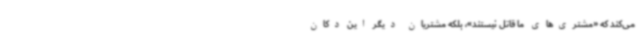
می‌کند که «مشتری‌های ما قاتل نیستند»، بلکه مشتریان دیگر این دکان